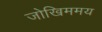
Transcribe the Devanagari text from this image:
जोखिममय